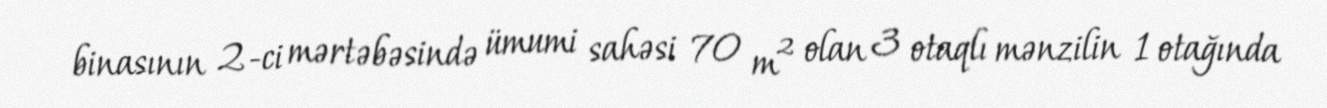
binasının 2-ci mərtəbəsində ümumi sahəsi 70 m² olan 3 otaqlı mənzilin 1 otağında